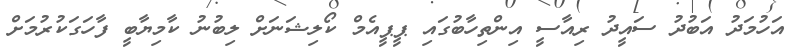
އަހުމަދު އަބުދު ސައީދު ރިއާސީ އިންތިހާބުގައި ޕީޕީއެމް ކޯލިޝަނަށް ލިބުނު ކާމިޔާބީ ފާހަގަކުރުމަށް